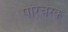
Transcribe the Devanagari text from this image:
परिचरक